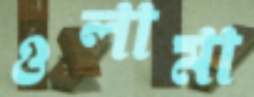
ওলামা